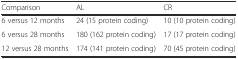
<table><thead><tr><td><b>Comparison</b></td><td><b>AL</b></td><td><b>CR</b></td></tr></thead><tbody><tr><td>6 versus 12 months</td><td>24 (15 protein coding)</td><td>10 (10 protein coding)</td></tr><tr><td>6 versus 28 months</td><td>180 (162 protein coding)</td><td>17 (17 protein coding)</td></tr><tr><td>12 versus 28 months</td><td>174 (141 protein coding)</td><td>70 (45 protein coding)</td></tr></tbody></table>